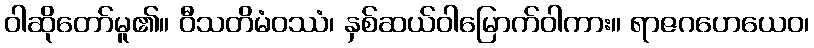
ဝါဆိုတော်မူ၏။ ဝီသတိမံဝဿံ၊ နှစ်ဆယ်ဝါမြောက်ဝါကား။ ရာဇဂဟေယေဝ၊